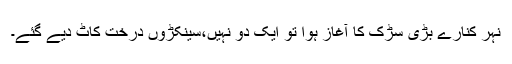
نہر کنارے بڑی سڑک کا آغاز ہوا تو ایک دو نہیں،سینکڑوں درخت کاٹ دیے گئے۔